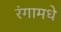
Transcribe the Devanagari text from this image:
रंगामधे